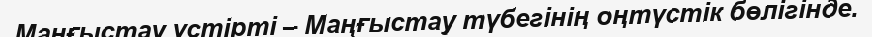
Маңғыстау үстірті – Маңғыстау түбегінің оңтүстік бөлігінде.